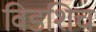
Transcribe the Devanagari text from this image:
विडशिच